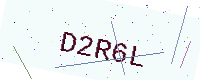
Text: D2R6L